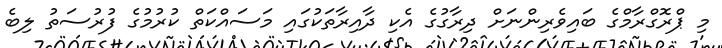
މި ޕްރޮގްރާމްގެ ބައިވެރިންނަށް ދިރާގުގެ އެކި ދާއިރާތަކުގައި މަސައްކަތް ކުރުމުގެ ފުރުސަތު ލިބެ